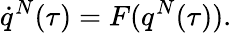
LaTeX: \dot{q}^{N}(\tau)=F(q^{N}(\tau)).